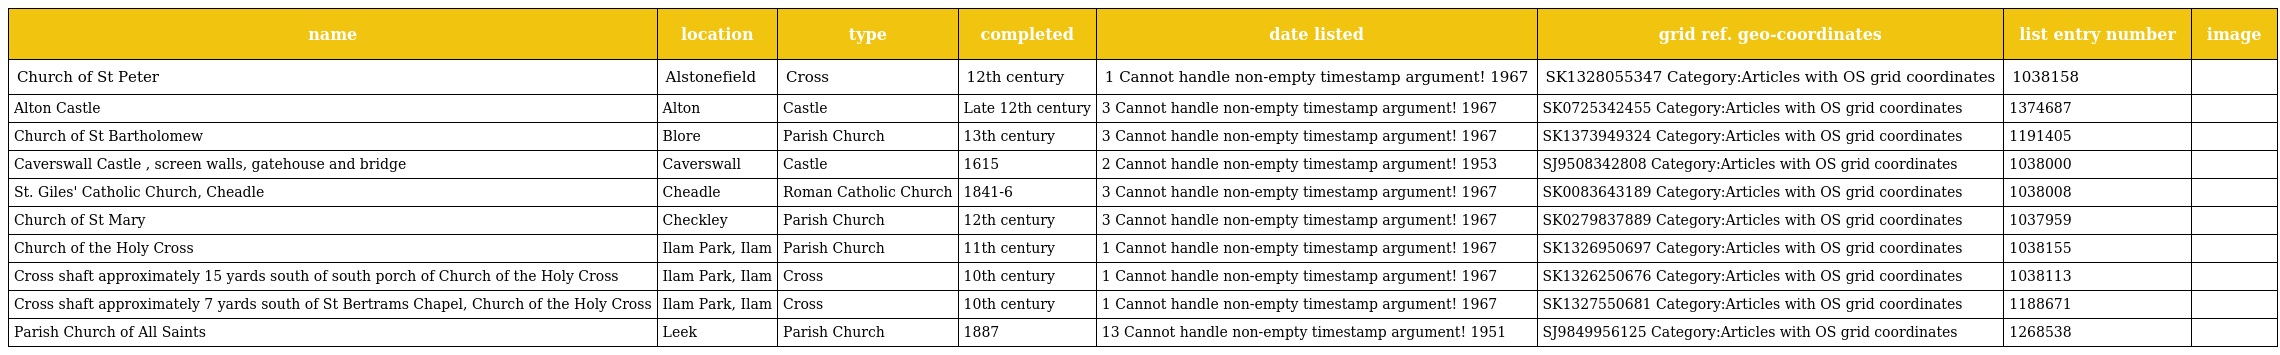
| name | location | type | completed | date listed | grid ref. geo-coordinates | list entry number | image |
 | --- | --- | --- | --- | --- | --- | --- | --- |
 | Church of St Peter | Alstonefield | Cross | 12th century | 1 Cannot handle non-empty timestamp argument! 1967 | SK1328055347 Category:Articles with OS grid coordinates | 1038158 |  |
 | Alton Castle | Alton | Castle | Late 12th century | 3 Cannot handle non-empty timestamp argument! 1967 | SK0725342455 Category:Articles with OS grid coordinates | 1374687 |  |
 | Church of St Bartholomew | Blore | Parish Church | 13th century | 3 Cannot handle non-empty timestamp argument! 1967 | SK1373949324 Category:Articles with OS grid coordinates | 1191405 |  |
 | Caverswall Castle , screen walls, gatehouse and bridge | Caverswall | Castle | 1615 | 2 Cannot handle non-empty timestamp argument! 1953 | SJ9508342808 Category:Articles with OS grid coordinates | 1038000 |  |
 | St. Giles' Catholic Church, Cheadle | Cheadle | Roman Catholic Church | 1841-6 | 3 Cannot handle non-empty timestamp argument! 1967 | SK0083643189 Category:Articles with OS grid coordinates | 1038008 |  |
 | Church of St Mary | Checkley | Parish Church | 12th century | 3 Cannot handle non-empty timestamp argument! 1967 | SK0279837889 Category:Articles with OS grid coordinates | 1037959 |  |
 | Church of the Holy Cross | Ilam Park, Ilam | Parish Church | 11th century | 1 Cannot handle non-empty timestamp argument! 1967 | SK1326950697 Category:Articles with OS grid coordinates | 1038155 |  |
 | Cross shaft approximately 15 yards south of south porch of Church of the Holy Cross | Ilam Park, Ilam | Cross | 10th century | 1 Cannot handle non-empty timestamp argument! 1967 | SK1326250676 Category:Articles with OS grid coordinates | 1038113 |  |
 | Cross shaft approximately 7 yards south of St Bertrams Chapel, Church of the Holy Cross | Ilam Park, Ilam | Cross | 10th century | 1 Cannot handle non-empty timestamp argument! 1967 | SK1327550681 Category:Articles with OS grid coordinates | 1188671 |  |
 | Parish Church of All Saints | Leek | Parish Church | 1887 | 13 Cannot handle non-empty timestamp argument! 1951 | SJ9849956125 Category:Articles with OS grid coordinates | 1268538 |  |